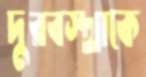
দুরবস্থাকে